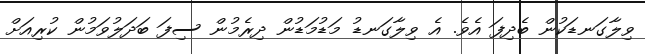
ވިލާގަނޑަކުން ބެދިފަ އެވެ. އެ ވިލާގަނޑު މަޑުމަޑުން ދިރެމުން ސިފަ ބަދަލުވަމުން ކުރިއަށް